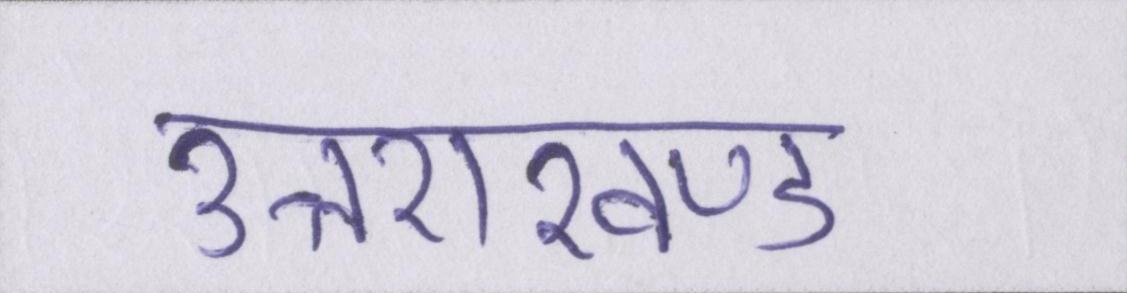
उत्तराखण्ड